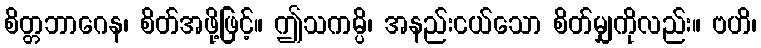
စိတ္တဘာဂေန၊ စိတ်အဖို့ဖြင့်။ ဤသကမ္ပိ၊ အနည်းငယ်သော စိတ်မျှကိုလည်း။ ဗဟိ၊